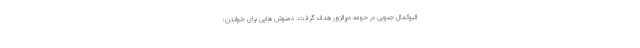
البوکمال جنوبی در حومه دیرالزور هدف گرفت. دمنوش هایی برای خواندن: